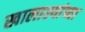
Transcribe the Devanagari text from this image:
खालाश्यांच्या